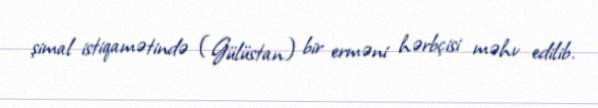
şimal istiqamətində (Gülüstan) bir erməni hərbçisi məhv edilib.